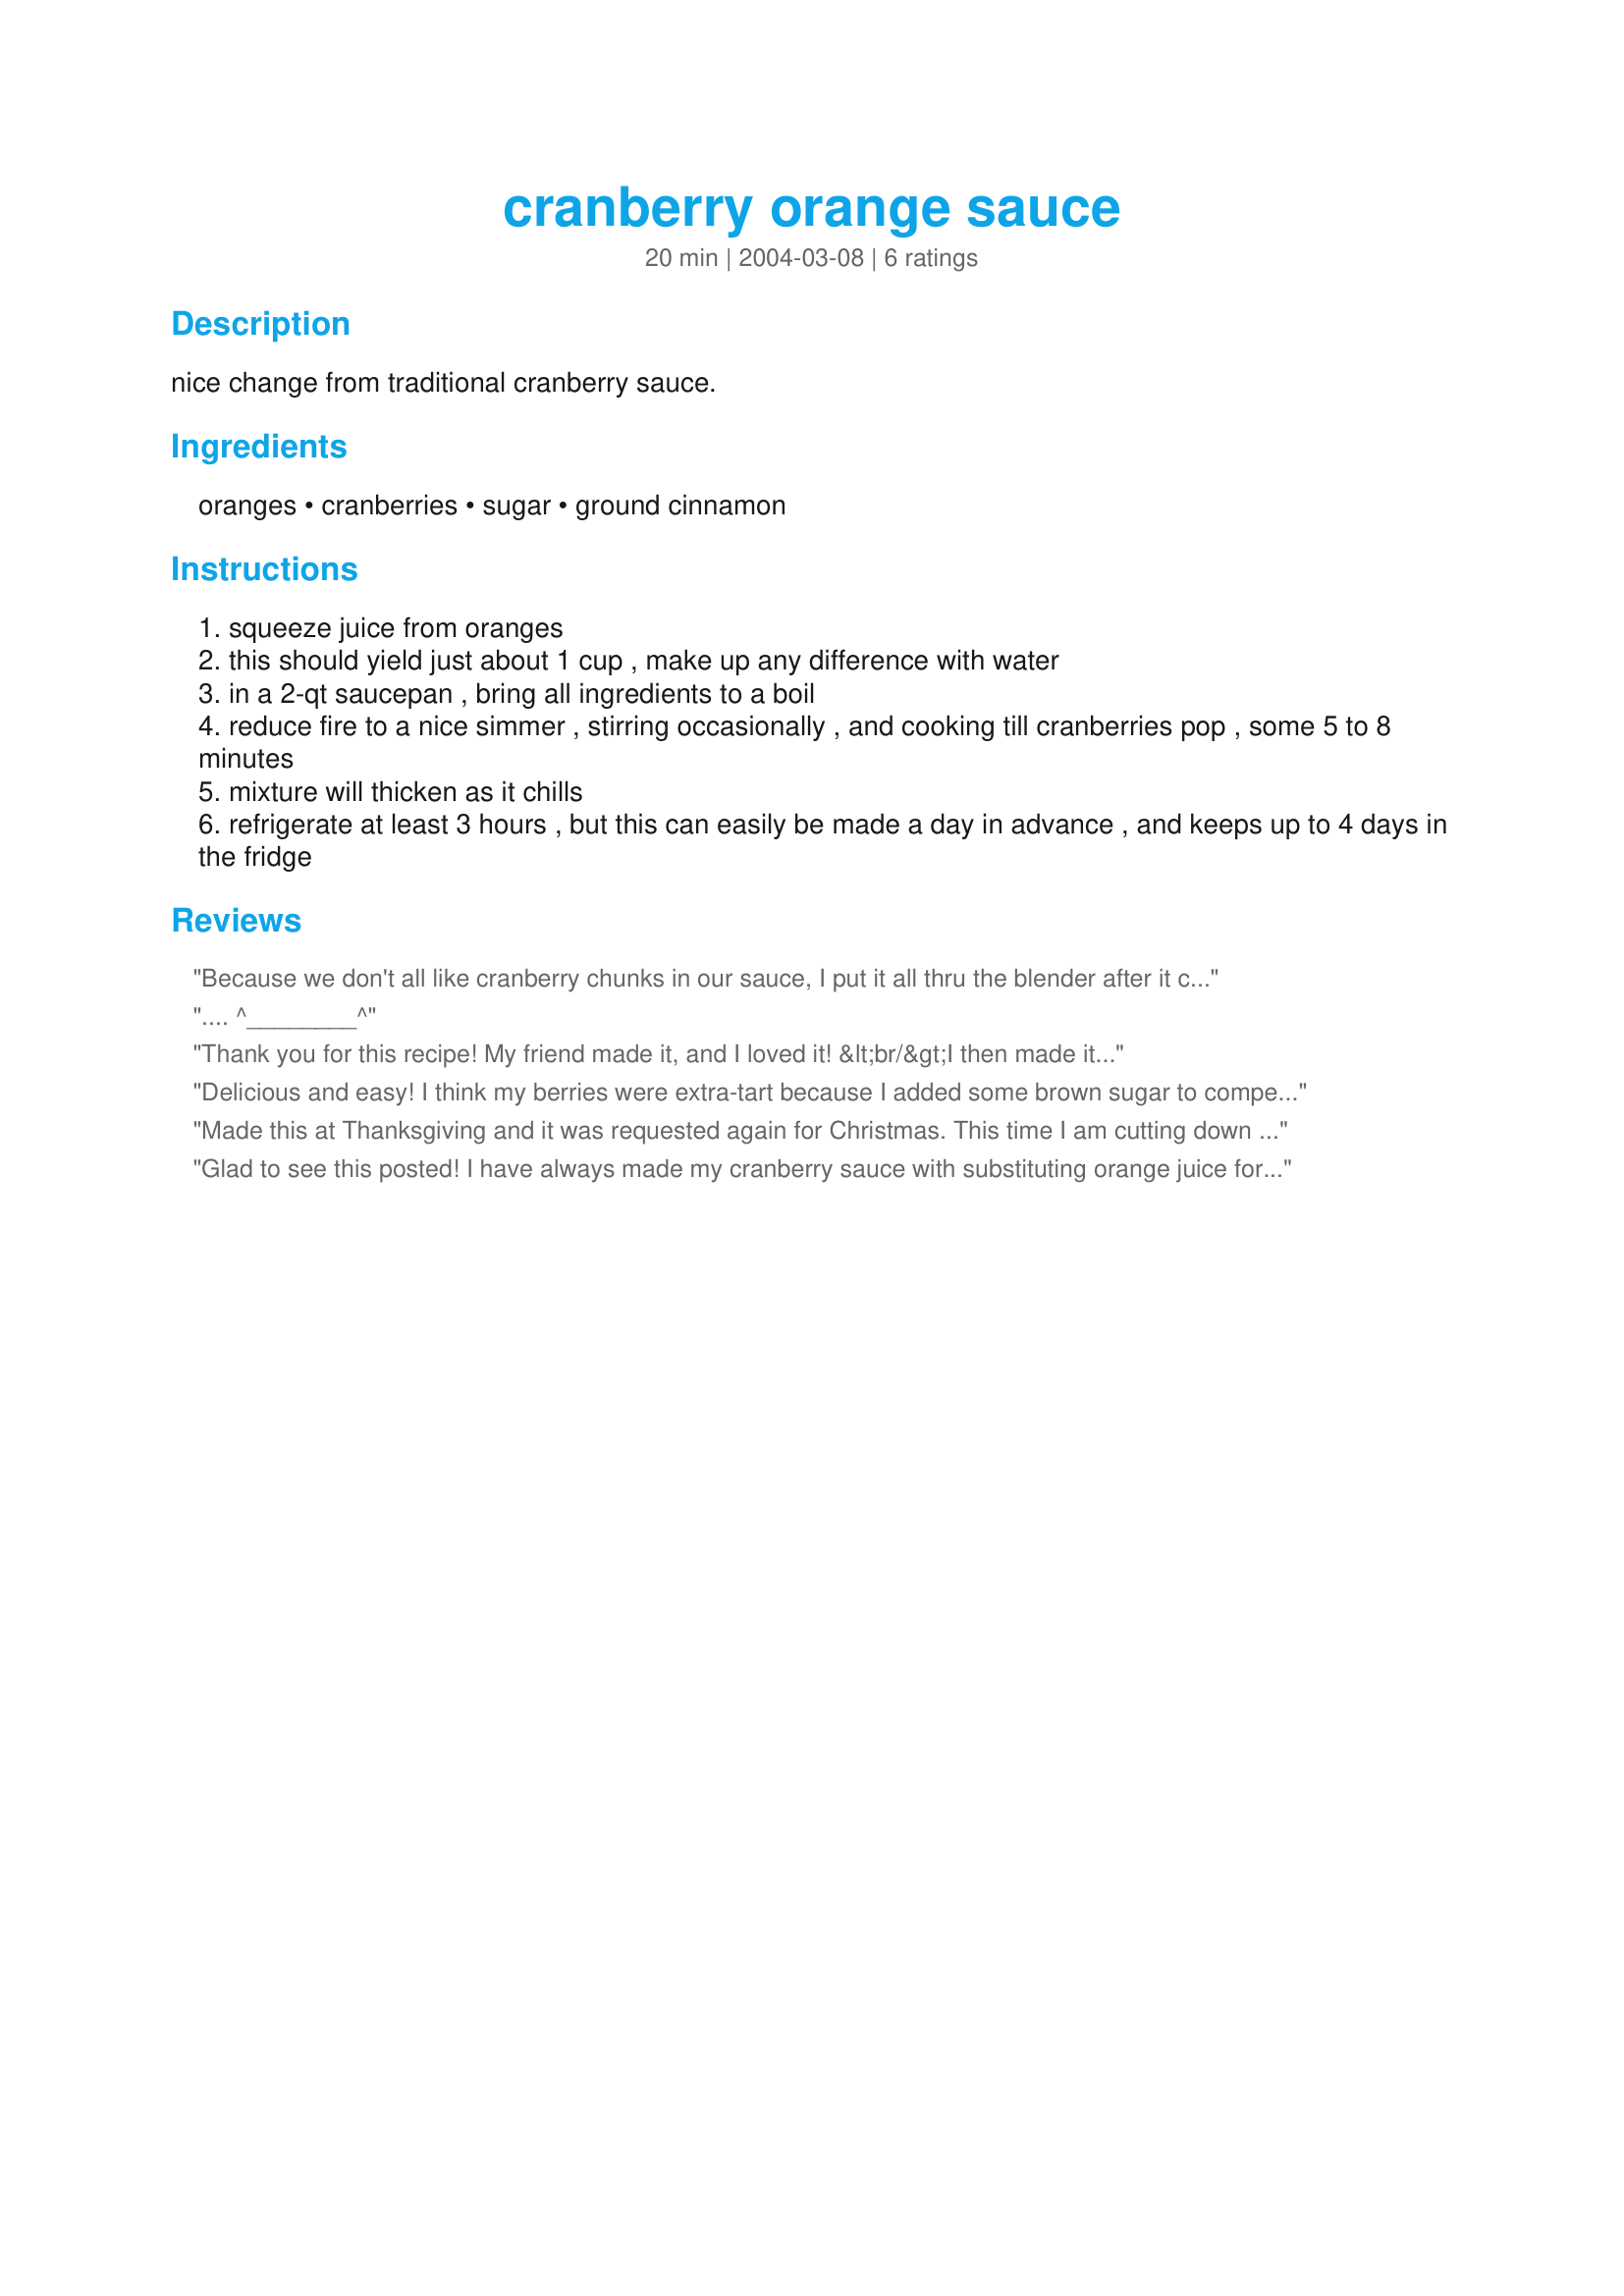
cranberry orange sauce
Preparation time: 20 minutes

nice change from traditional cranberry sauce.

Ingredients:
oranges, cranberries, sugar, ground cinnamon

Steps:
squeeze juice from oranges
this should yield just about 1 cup , make up any difference with water
in a 2-qt saucepan , bring all ingredients to a boil
reduce fire to a nice simmer , stirring occasionally , and cooking till cranberries pop , some 5 to 8 minutes
mixture will thicken as it chills
refrigerate at least 3 hours , but this can easily be made a day in advance , and keeps up to 4 days in the fridge

Reviews:
Because we don't all like cranberry chunks in our sauce, I put it all thru the blender after it cooled a bit. Makes the best cranberry sauce I ever tasted. I put it on my turkey instead of gravy. Superb. Probably will try on pork and chicken. Just wish I had some more fresh cranberries to make more.
.... ^________^
Thank you for this recipe! My friend made it, and I loved it! &lt;br/&gt;I then made it myself, with some additions: Besides juicing the two oranges, I also slightly grated some peel from them and pulled out some of the pulp from the juicing. I also cut up one more orange, trying to remove the membrane as much as possible and mixed that with the pulp I had and about 1/2 cup of drained, pressed crushed pineapple. Added about 2 TBL grated peel to the berries to begin cooking them, then as the mixture boiled, I added the orange and pineapple pulp. &lt;br/&gt;I boiled it LONGER, until almost all the berries were &quot;popped&quot;, then smashed the ones left with my stirring spoon. (Another hint I read: You can&#039;t boil cranberry sauce too long. I took this one to heart, and loved the results.) This jelled like a champ! And was delicious, too!
Delicious and easy! I think my berries were extra-tart because I added some brown sugar to compensate.
Made this at Thanksgiving and it was requested again for Christmas. This time I am cutting down on the cinnamon a little. I also added the zest of one of the oranges. We really love it.
Glad to see this posted! I have always made my cranberry sauce with substituting orange juice for the water. It adds so much flavor to the standard package recipe. I use 3 oranges to yield a cup of juice. In addition I add the zest of one orange. I like my cranberries tart so I cut back the sugar to 3/4 cup. I've never added any spices but will have to give it a try. Thanks!
